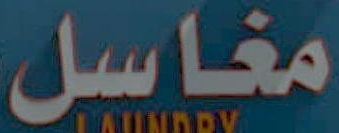
مغاسل